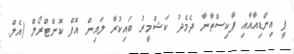
ޕީ އިންޑިއާއާއި ޕާކިސްތާނާ ދެމެދު ކަޝްމީރު ބައިކުރާ ލައިން އޮފް ކޮންޓްރޯލް (އެލް.